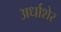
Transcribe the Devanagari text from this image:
अर्धाशेर